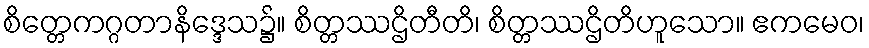
စိတ္တေကဂ္ဂတာနိဒ္ဒေသ၌။ စိတ္တဿဌိတီတိ၊ စိတ္တဿဌိတိဟူသော။ ဧကမေဝ၊